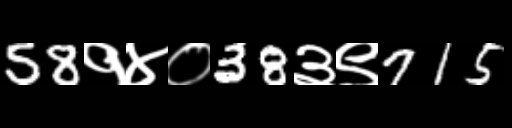
Text: 58१४०38३९715